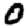
Digit: 0